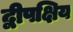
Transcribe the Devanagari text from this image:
द्वीपक्षिय